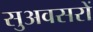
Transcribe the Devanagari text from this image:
सुअवसरों